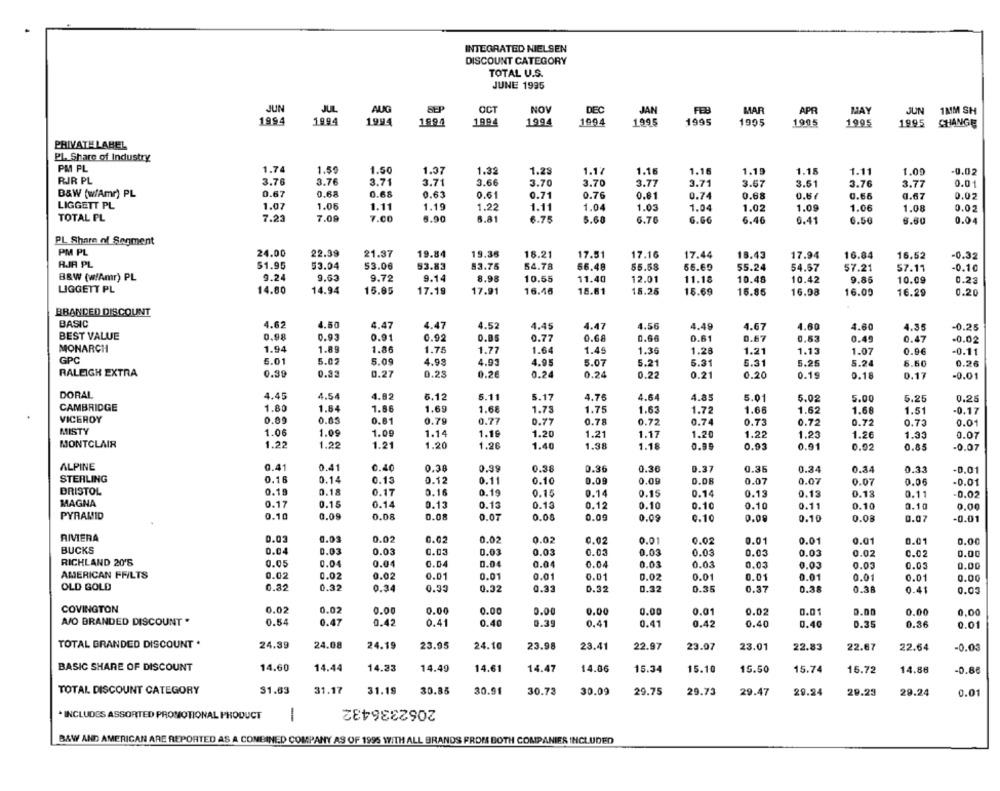
INTEGRATED NIELSEN
DISCOUNT CATEGORY
TOTAL U.S.
JUNE 1995
JUN
JUL
AUG
OCT
NOV
DEC
JAN
FEB
MAR
APR
MAY
JUN
1MM SH
1994
1994
1994
1994
1994
1994
1994
1995
1995
1995
1905
1995
1995
CHANGE
PRIVATE LABEL
PL. Share of Industry
PM PL
1.74
1.59
1.50
1.37
1.32
1.28
1.17
1.16
1.16
1.19
1.15
1.11
1.00
-0.02
RJR PL
3.76
3.76
3.71
3.71
3.66
3.70
3.70
3.77
3.71
3.67
3.51
3.76
3.77
0.01
B&W (w/Amr) PL
0.67
0.68
0.68
0.63
0.61
0.71
0.76
0.81
0.74
0.68
0.66
0.67
0.02
LIGGETT PL
1.07
1.06
1.11
1.19
1.22
1.11
1.04
1.03
1.04
1.09
1.06
1.08
0.02
1.02
TOTAL PL
7.23
7.08
7.00
6.90
6.81
6.75
5.60
6.76
G.66
6.46
0.41
6.50
6.80
0.04
PL Share of Segment
PM PL
24.00
22.39
21.37
19.84
19.36
16.21
17.51
17.16
18.43
17.44
17.94
16.84
16.52
-0.32
RJR PL
51.95
53.04
53.06
53.83
53.75
54.78
56.48
55.58
55.69
55.24
54.67
57.21
57.11
-0.10
B&W (w!Amr) PL
9.24
9.63
9.72
9.14
8.98
10.55
12.01
11.40
11.18
10.48
10.42
9.86
10.09
0.23
LIGGETT PL
14.80
14.94
15.85
17.19
17.91
16.46
18.61
18.25
15.69
16.85
16.98
16.00
16.29
0.20
BBANDED DISCOUNT
BASIC
4.62
4.50
4.47
4.47
4.45
4.56
4.52
4.47
4.49
4.67
4.60
4.60
4.35
-0.25
BEST VALUE
0,98
0.93
0.91
0.92
0.85
0.77
0.68
0.66
0.61
0.67
0.53
0.49
0.47
-0.02
MONARCH
1.94
1.89
1.86
1.75
1.45
1.77
1.64
1.36
1.28
1.21
1.13
1.07
0.9€
-0.11
GPC
6.01
5.02
5.09
4.93
4.93
4.95
5.07
5.21
5.31
5.31
5.25
5.24
5.60
0.26
RALEIGH EXTRA
0.39
0.32
0.27
0.25
0.2€
0.24
0.24
0.22
0.21
0.20
0.19
0.16
0.17
-0.01
DORAL
4.45
4.54
4.82
5.11
4.85
5.12
5.17
4.76
4.64
5.01
5.02
5.00
5.25
0.25
CAMBRIDGE
1.80
1.64
1.86
1.69
1.68
1.73
1.75
1.63
1.72
1.66
1.62
1.68
1.51
-0.17
VICEROY
0.89
0.85
0.81
0.79
0.77
0.77
0.78
0.72
0.74
0.73
0.72
0.72
0.73
0.01
MISTY
1.06
1.09
1.09
1.14
1.19
1.20
1.21
1.17
1.20
1.22
1.23
1.26
1.33
0.07
MONTCLAIR
1.22
1.22
1.21
1.20
1.26
1.40
1.38
1.18
0.93
0.91
0.02
0.85
-0.07
ALPINE
0.41
0.41
0.38
0.38
0.36
0.37
0.40
0.99
0.36
0.36
0.34
0.84
0.33
-0.01
STERLING
0.16
0.14
0.13
0.12
0.11
0.10
0.09
0.09
D.O8
0.07
0.07
0.07
0.06
-0.01
BRISTOL
0.19
0.18
0.17
0.16
0.19
0.15
0.14
0.15
0.14
0.13
0.13
0.13
0.11
-0.02
MAGNA
0.17
0.15
0.14
0.13
0.13
0.13
0.12
0.10
0.10
0.10
0.11
0.10
0.10
0.00
0.10
0.08
PYRAMID
0.09
0.08
0.07
0.08
0.09
0.09
0.10
0.08
0.10
0.08
0.07
-0.01
RIVIERA
0.03
0.03
0.02
0.02
0.02
0.02
0.02
0.01
0.02
0.01
0.01
0.01
0.01
0.00
BUCKS
0.04
0.03
0.03
0.03
0.03
0.03
0.03
0.03
0.03
0.03
0.03
0.02
0.02
0.00
RICHLAND 20'S
0.05
0.04
0.04
0.04
0.04
0.04
0.04
0.03
0.03
0,03
0.03
0.03
0.03
0.00
AMERICAN FFILTS
0.02
0.02
0.02
0.01
0.01
0.01
0.01
0.02
0.01
0.01
0.01
0.01
0.01
0.00
OLD GOLD
0.82
0.32
0.34
0.33
0.32
0.33
0.32
0.32
0.35
0.37
0.38
0.38
0.41
0.03
COVINGTON
0.02
0.02
0.00
0.00
0.00
0.00
0.00
0.00
0.01
0.02
0.01
0.00
0.00
0,00
AJO BRANDED DISCOUNT .
0.54
0.47
0.42
0.41
0.40
0.39
0.41
0.41
0.42
0.40
0.40
0.35
0.36
0.01
TOTAL GRANDED DISCOUNT .
24.39
24.08
24.19
23.05
24.10
23.98
23.41
22.97
23.07
23.01
22.83
22.67
22.64
-0.03
BASIC SHARE OF DISCOUNT
14.60
14.44
14.33
14.49
14.61
14.47
14.86
15.34
15.10
15.50
15.74
16.72
14.86
-0.68
TOTAL DISCOUNT CATEGORY
31.83
31.17
31.18
30.85
30.91
30.72
30.09
29.75
29.73
29.47
20.24
29.23
29.24
0.01
2062336432
. INCLUDES ASSORTED PROMOTIONAL PRODUCT
1
B&W AND AMERICAN ARE REPORTED AS A COMBINED COMPANY AS OF 1995 WITH ALL BRANDS FROM BOTH COMPANIES INCLUDED